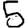
Digit: 5